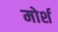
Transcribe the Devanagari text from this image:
मोर्श